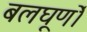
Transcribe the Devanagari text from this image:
बलघूर्णो